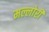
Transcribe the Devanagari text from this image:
मल्लोरी